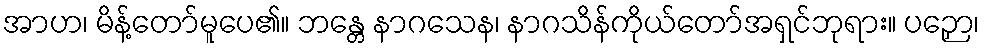
အာဟ၊ မိန့်တော်မူပေ၏။ ဘန္တေ နာဂသေန၊ နာဂသိန်ကိုယ်တော်အရှင်ဘုရား။ ပဉှော၊